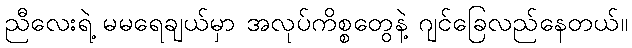
ညီလေးရဲ့ မမရေချယ်မှာ အလုပ်ကိစ္စတွေနဲ့ ဂျင်ခြေလည်နေတယ်။